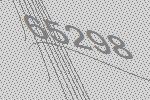
65298